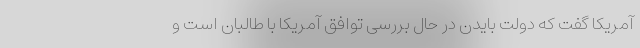
آمریکا گفت که دولت بایدن در حال بررسی توافق آمریکا با طالبان است و